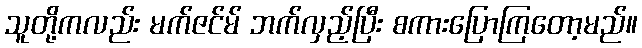
သူတို့ကလည်း မက်ဇင်မ် ဘက်လှည့်ပြီး စကားပြောကြတော့မည်။